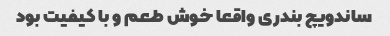
ساندویچ بندری واقعا خوش طعم و با کیفیت بود